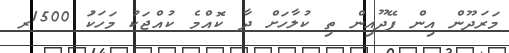
މަރަދޫން އިން ފޭދޫއިން ތި ކުލާހަށް ދާ ކޮއްމެ ކުއްޖަކު މަހަކަު 1500ރ